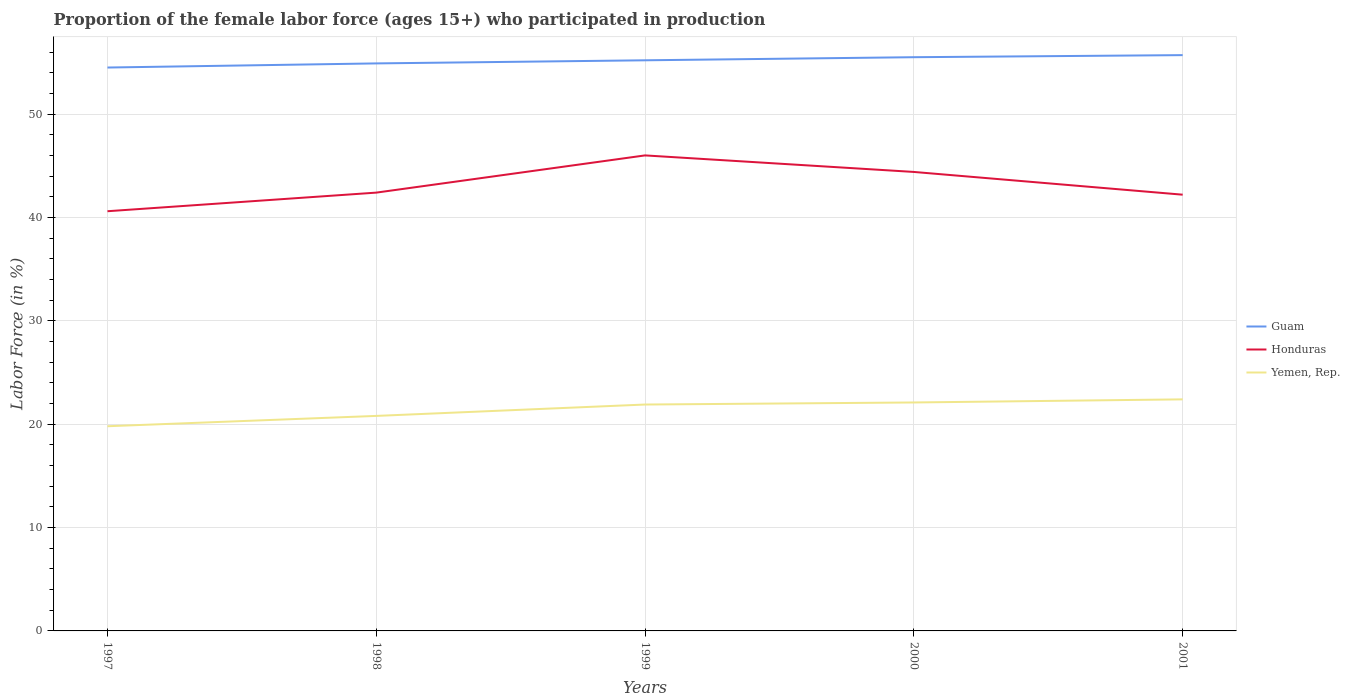
| Years | Guam | Honduras | Yemen, Rep. |
 | --- | --- | --- | --- |
 | 1997 | 54.5 | 40.6 | 19.8 |
 | 1998 | 54.9 | 42.4 | 20.8 |
 | 1999 | 55.2 | 46 | 21.9 |
 | 2000 | 55.5 | 44.4 | 22.1 |
 | 2001 | 55.7 | 42.2 | 22.4 |